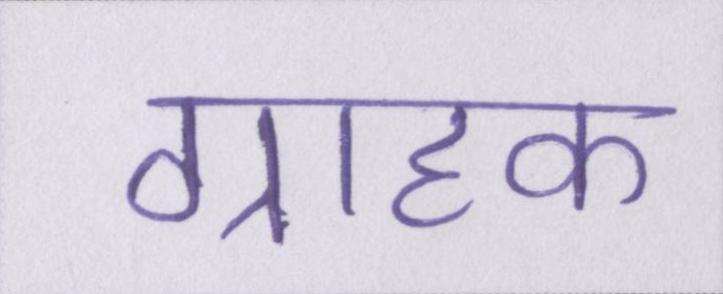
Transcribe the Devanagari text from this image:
ग्राहक